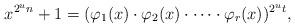
LaTeX: \begin{align*}x^{2^un}+1=(\varphi_{1}(x)\cdot \varphi_{2}(x)\cdot \cdots \cdot\varphi_{r}(x))^{2^ut},\end{align*}